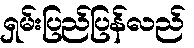
ရှမ်းပြည်ပြန်လည်